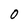
Character: O